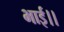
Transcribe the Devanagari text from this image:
भाई।।